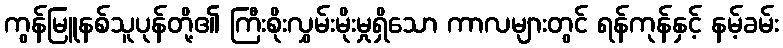
ကွန်မြူနစ်သူပုန်တို့၏ ကြီးစိုးလွှမ်းမိုးမှုရှိသော ကာလများတွင် ရန်ကုန်နှင့် နမ့်ခမ်း